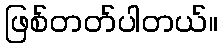
ဖြစ်တတ်ပါတယ်။